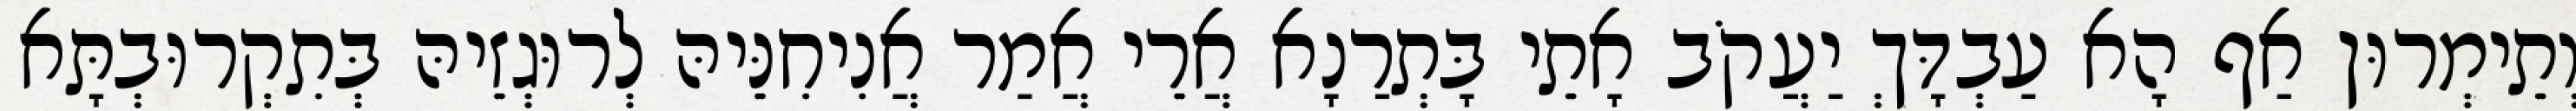
וְתֵימְרוּן אַף הָא עַבְדָּךְ יַעֲקֹב אָתֵי בָּתְרַנָא אֲרֵי אֲמַר אֲנִיחִנֵּיהּ לְרוּגְזֵיהּ בְּתִקְרוּבְתָּא